Civil Veterinary Department. United Provinces 1923-31 - 1923-1931
Year: 1923
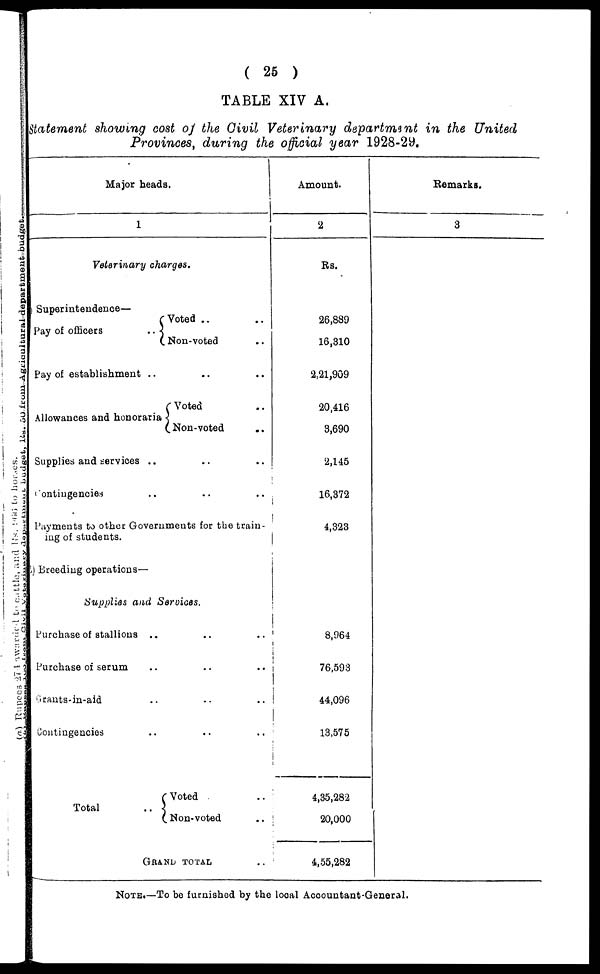
( 25 )
TABLE XIV A.
Statement showing cost of the Civil Veterinary department in the United
Provinces, during the official year 1928-29.
Major heads.
1
Veterinary charges.
Superintendence—
Pay of officers ..
Voted .. ..
Non-voted ..
Pay of establishment .. .. ..
Allowances and honoraria
Voted ..
Non-voted ..
Supplies and services .. .. ..
Contingencies .. .. ..
Payments to other Governing of students.
ments for the train-
Breeding operations—
Amount.
2
Rs.
26,889
16,310
2,21,909
20,416
3,690
2,145
16,372
4,323
Supplies and Services.
Purchase of stallions .. .. ..
Purchase of serum .. .. ..
Grants-in-aid .. .. ..
Contingencies .. .. ..
Total ..
Voted ..
Non-voted ..
GRAND TOTAL ..
8,964
76,593
44,096
13,575
4,35,282
20,000
4,55,282
Remarks.
3
NOTE.—To be furnished by the local Accountant-General.